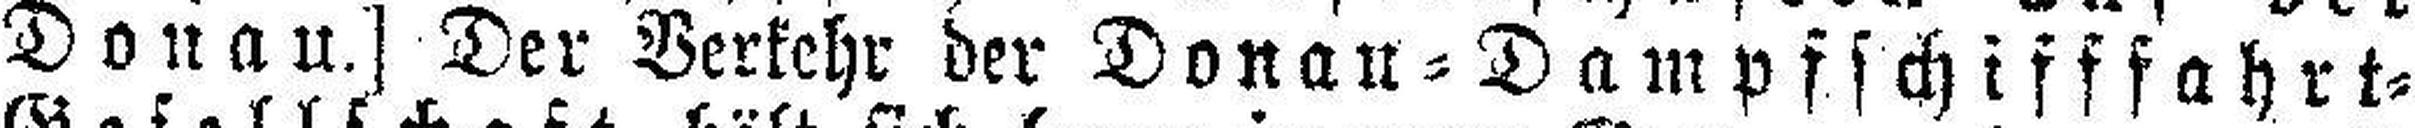
Donau.] Der Verkehr der Donau=Dampfschifffahrt=